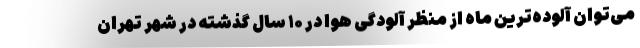
می‌توان آلوده‌ترین ماه از منظر آلودگی هوا در ۱۰ سال گذشته در شهر تهران